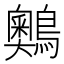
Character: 䴈